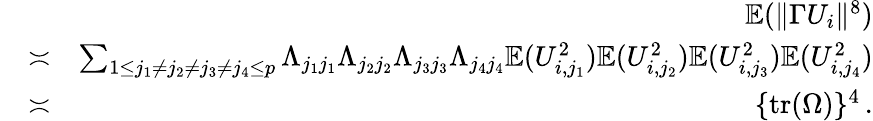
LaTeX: \begin{array}{rlr}&{}&{{\mathbb{E}}(\| \Gamma U_{i}\| ^{8})}\\ &{\asymp}&{\sum_{1\leq j_{1}\neq j_{2}\neq j_{3}\neq j_{4}\leq p}\Lambda_{j_{1}j_{1}}\Lambda_{j_{2}j_{2}}\Lambda_{j_{3}j_{3}}\Lambda_{j_{4}j_{4}}{\mathbb{E}}(U_{i,j_{1}}^{2}){\mathbb{E}}(U_{i,j_{2}}^{2}){\mathbb{E}}(U_{i,j_{3}}^{2}){\mathbb{E}}(U_{i,j_{4}}^{2})}\\ &{\asymp}&{\{ \mathrm{tr}(\Omega)\} ^{4}\, .}\end{array}